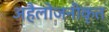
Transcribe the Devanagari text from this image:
अहैलोजनीकृत